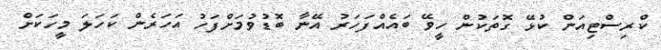
ކްރިސްޓިއަން ކުޅޭ ގޮތަކުން ހީވޭ ބައެއްފަހަރު އޭނާ ބޮޑުވުމަށްފަހު އަހަރެން ކަހަލަ މީހަކަށް